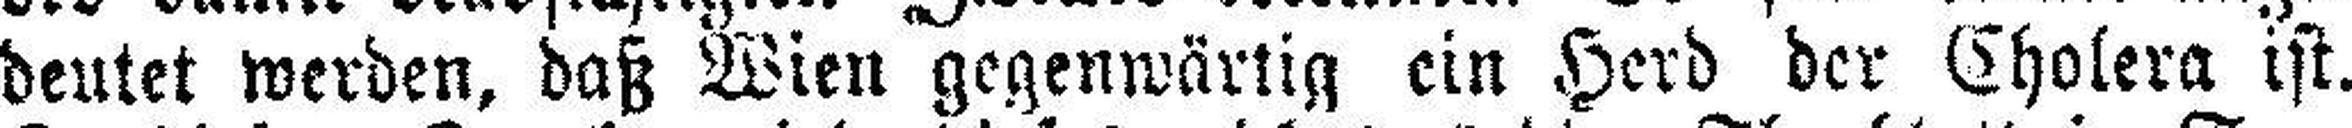
deutet werden, daß Wien gegenwärtig ein Herd der Cholera ist.